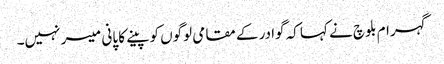
گہرام بلوچ نے کہا کہ گوادر کے مقامی لوگوں کو پینے کا پانی میسر نہیں۔